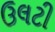
ઉલટી